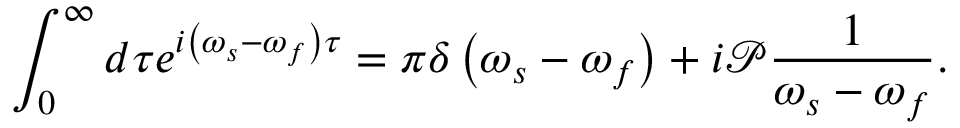
\int _ { 0 } ^ { \infty } d \tau e ^ { i \left( \omega _ { s } - \omega _ { f } \right) \tau } = \pi \delta \left( \omega _ { s } - \omega _ { f } \right) + i \mathcal { P } \frac { 1 } { \omega _ { s } - \omega _ { f } } .